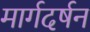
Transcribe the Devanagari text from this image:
मार्गदर्षन